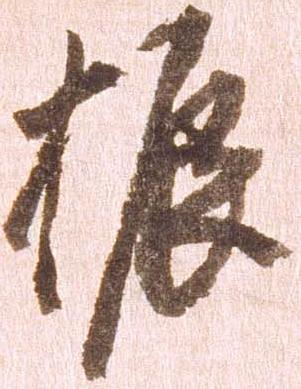
振